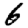
Digit: 6